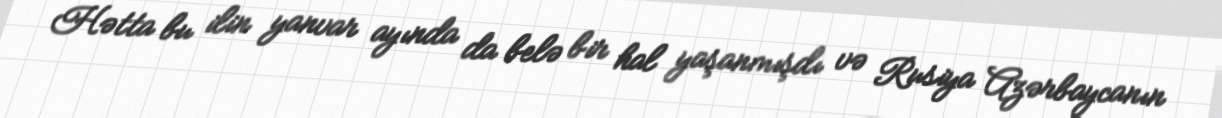
Hətta bu ilin yanvar ayında da belə bir hal yaşanmışdı və Rusiya Azərbaycanın